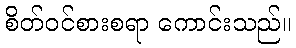
စိတ်ဝင်စားစရာ ကောင်းသည်။